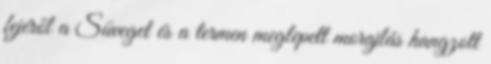
fejéről a Süveget és a termen meglepett morajlás hangzott